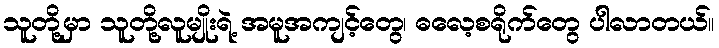
သူတို့မှာ သူတို့လူမျိုးရဲ့ အမူအကျင့်တွေ၊ ဓလေ့စရိုက်တွေ ပါလာတယ်။